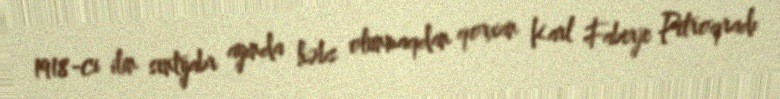
1918-ci ilin sentyabr ayında həbs olunmaqdan qorxan Karl Faberje Petroqradı